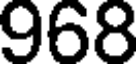
968